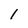
Character: 1